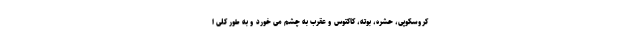
کروسکوپی، حشره، بوته، کاکتوس و عقرب به چشم می خورد و به طور کلی ا